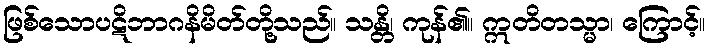
ဖြစ်သောပဋိဘာဂနိမိတ်တို့သည်။ သန္တိ၊ ကုန်၏။ ဣတိတသ္မာ၊ ကြောင့်။